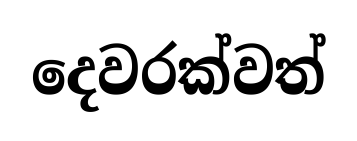
දෙවරක්වත්